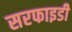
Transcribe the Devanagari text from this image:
सरफाइडी